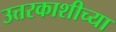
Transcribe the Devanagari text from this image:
उत्तरकाशीच्या